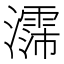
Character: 𪷳